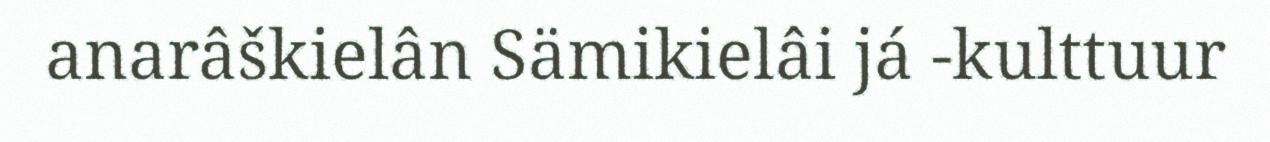
anarâškielân Sämikielâi já -kulttuur